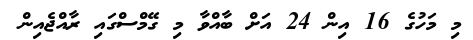
މި މަހުގެ 16 އިން 24 އަށް ބާއްވާ މި ގޭމްސްގައި ރާއްޖެއިން